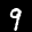
Label: 9